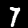
Label: 7